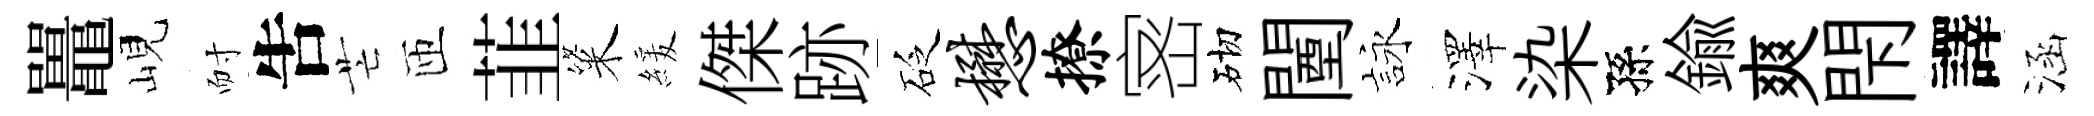
鼉峴耐吿芒匝韮粢緩傑跡砭懋撩宻砌闉詠澤染孫鍮爽閇譯涵